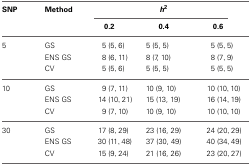
| SNP | Method | <COLSPAN=3> h2 |
 |  |  | 0.2 | 0.4 | 0.6 |
 | --- | --- | --- | --- | --- |
 | 5 | GS | 5 (5, 6) | 5 (5, 5) | 5 (5, 5) |
 |  | ENS GS | 8 (6, 11) | 8 (7, 10) | 8 (7, 9) |
 |  | CV | 5 (5, 6) | 5 (5, 5) | 5 (5, 5) |
 | 10 | GS | 9 (7, 11) | 10 (9, 10) | 10 (10, 10) |
 |  | ENS GS | 14 (10, 21) | 15 (13, 19) | 16 (14, 19) |
 |  | CV | 9 (7, 10) | 10 (9, 10) | 10 (10, 10) |
 | 30 | GS | 17 (8, 29) | 23 (16, 29) | 24 (20, 29) |
 |  | ENS GS | 30 (11, 48) | 37 (30, 49) | 40 (34, 49) |
 |  | CV | 15 (9, 24) | 21 (16, 26) | 23 (20, 27) |